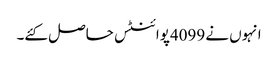
انہوں نے 4099پوائنٹس حاصل کئے۔